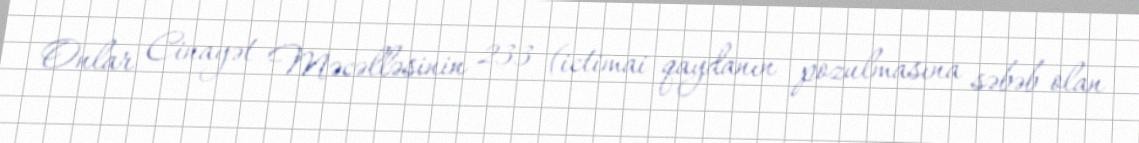
Onlar Cinayət Məcəlləsinin 233 (ictimai qaydanın pozulmasına səbəb olan